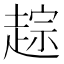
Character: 𬦓